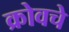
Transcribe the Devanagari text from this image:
क्रोवचे